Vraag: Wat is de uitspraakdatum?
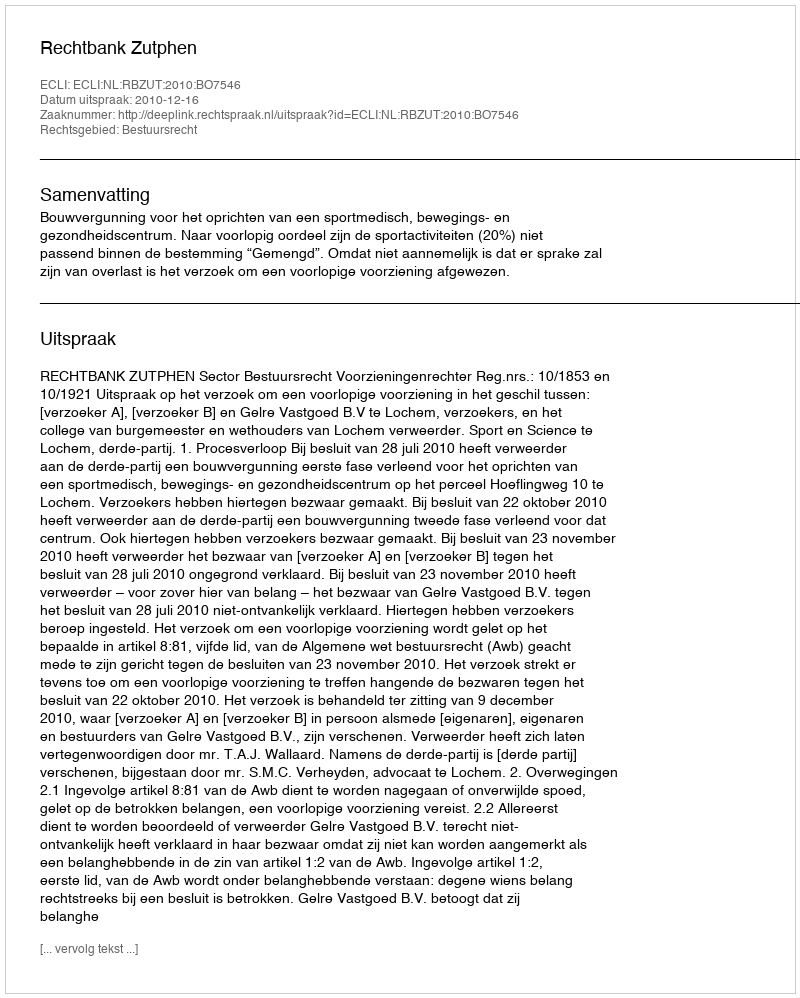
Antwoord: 2010-12-16